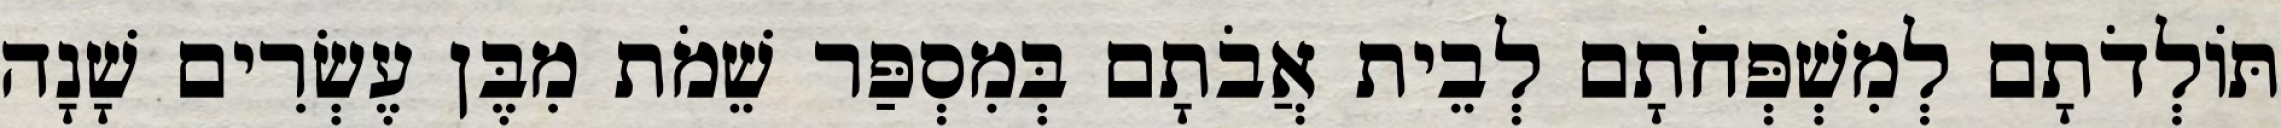
תּוֹלְדֹתָם לְמִשְׁפְּחֹתָם לְבֵית אֲבֹתָם בְּמִסְפַּר שֵׁמֹת מִבֶּן עֶשְׂרִים שָׁנָה